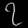
Digit: ၇